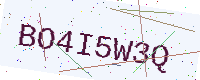
Text: BO4I5W3Q